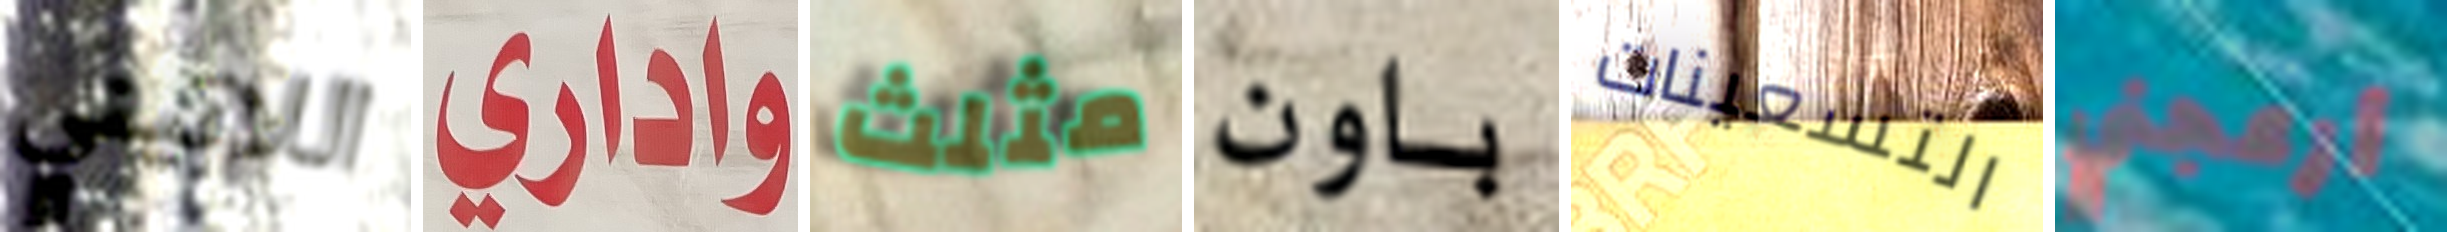
اللاتيني واداري مثلث باون التسعينات أزعجني